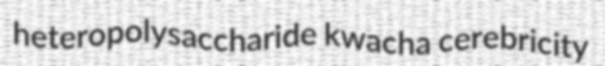
heteropolysaccharide kwacha cerebricity